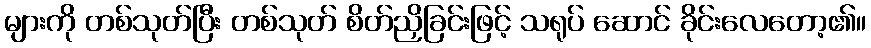
များကို တစ်သုတ်ပြီး တစ်သုတ် စိတ်ညှိခြင်းဖြင့် သရုပ် ဆောင် ခိုင်းလေတော့၏။